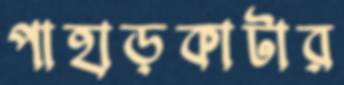
পাহাড়কাটার